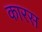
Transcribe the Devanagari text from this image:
कारस